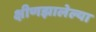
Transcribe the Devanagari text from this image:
क्षीणझालेल्या